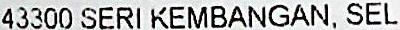
43300 SERI KEMBANGAN, SEL